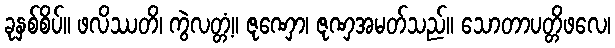
ခုနှစ်စိပ်။ ဖလိဿတိ၊ ကွဲလတ္တံ့။ ဇုဏှော၊ ဇုဏှအမတ်သည်။ သောတာပတ္တိဖလေ၊